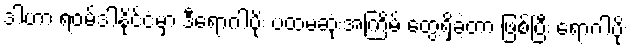
ဒါဟာ ရဝမ်ဒါနိုင်ငံမှာ ဒီရောဂါပိုး ပထမဆုံးအကြိမ် တွေ့ရှိခဲ့တာ ဖြစ်ပြီး ရောဂါပိုး